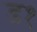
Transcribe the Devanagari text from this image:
ड१